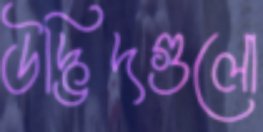
উদ্ভিদগুলো